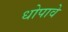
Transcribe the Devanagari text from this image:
धोपावे